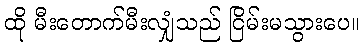
ထို မီးတောက်မီးလျှံသည် ငြိမ်းမသွားပေ။